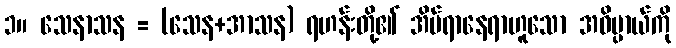
၁။ သေနာသန = (သေန+အာသန) ရဟန်းတို့၏ အိပ်ရာနေရာဟူသော အဓိပ္ပာယ်ကို